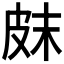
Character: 𤿗